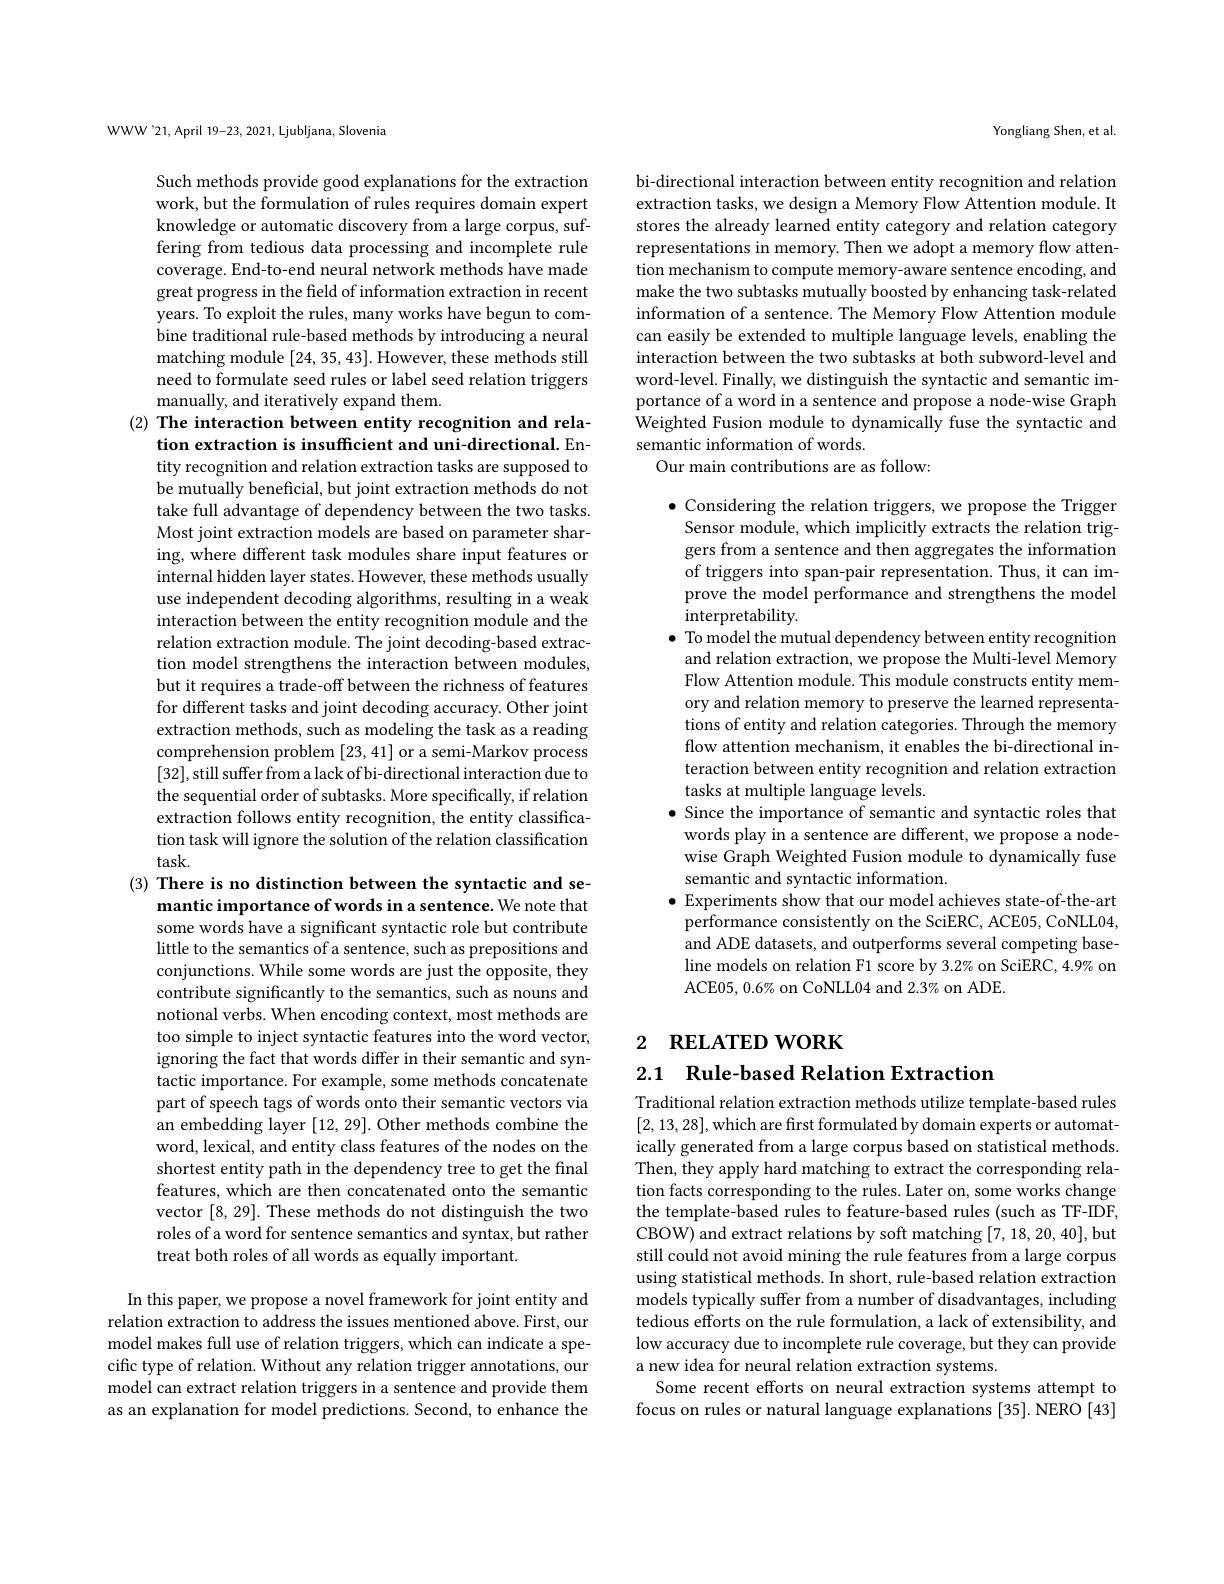
WWW'21,April 19-23, 2021, Ljubljana, Slovenia

Such methods provide good explanations for the extraction work, but the formulation of rules requires domain expert knowledge or automatic discovery from a large corpus, suffering from tedious data processing and incomplete rule coverage. End-to-end neural network methods have made great progress in the field of information extraction in recent years. To exploit the rules, many works have begun to combine traditional rule-based methods by introducing a neural matching module [24,35,43]. However, these methods still need to formulate seed rules or label seed relation triggers manually, and iteratively expand them.
(2) The interaction between entity recognition and rela-

tion extraction is insufficient and uni-directional. En-

tity recognition and relation extraction tasks are supposed to be mutually beneficial, but joint extraction methods do not take full advantage of dependency between the two tasks. Most joint extraction models are based on parameter sharing, where different task modules share input features or internal hidden layer states. However, these methods usually use independent decoding algorithms, resulting in a weak interaction between the entity recognition module and the relation extraction module. The joint decoding-based extraction model strengthens the interaction between modules, but it requires a trade-off between the richness of features for different tasks and joint decoding accuracy. Other joint extraction methods, such as modeling the task as a reading comprehension problem [23,41] or a semi-Markov process [32],still suffer from a lack of bi-directional interaction due to the sequential order of subtasks. More specifically, if relation extraction follows entity recognition, the entity classification task will ignore the solution of the relation classification $task.$
(3) There is no distinction between the syntactic and se-
mantic importance of words in a sentence. We note that some words have a significant syntactic role but contribute little to the semantics of a sentence, such as prepositions and conjunctions. While some words are just the opposite, they contribute significantly to the semantics, such as nouns and notional verbs. When encoding context, most methods are too simple to inject syntactic features into the word vector, ignoring the fact that words differ in their semantic and syntactic importance. For example, some methods concatenate part of speech tags of words onto their semantic vectors via an embedding layer [12,29]. Other methods combine the word, lexical, and entity class features of the nodes on the shortest entity path in the dependency tree to get the final features, which are then concatenated onto the semantic vector [8,29]. These methods do not distinguish the two roles of a word for sentence semantics and syntax, but rather treat both roles of all words as equally important.
In this paper, we propose a novel framework for joint entity and relation extraction to address the issues mentioned above. First, our

model makes full use of relation triggers, which can indicate a specific type of relation. Without any relation trigger annotations, our model can extract relation triggers in a sentence and provide them as an explanation for model predictions. Second, to enhance the

Yongliang Shen, et al.

bi-directional interaction between entity recognition and relation extraction tasks, we design a Memory Flow Attention module. It stores the already learned entity category and relation category representations in memory. Then we adopt a memory flow attention mechanism to compute memory-aware sentence encoding, and make the two subtasks mutually boosted by enhancing task-related information of a sentence. The Memory Flow Attention module can easily be extended to multiple language levels, enabling the interaction between the two subtasks at both subword-level and word-level. Finally, we distinguish the syntactic and semantic importance of a word in a sentence and propose a node-wise Graph Weighted Fusion module to dynamically fuse the syntactic and semantic information of words.
Our main contributions are as follow:

$\bullet$ Considering the relation triggers, we propose the Trigger Sensor module, which implicitly extracts the relation triggers from a sentence and then aggregates the information of triggers into span-pair representation. Thus, it can improve the model performance and strengthens the model interpretability.
$\bullet$ To model the mutual dependency between entity recognition and relation extraction, we propose the Multi-level Memory Flow Attention module. This module constructs entity memory and relation memory to preserve the learned representations of entity and relation categories. Through the memory flow attention mechanism, it enables the bi-directional interaction between entity recognition and relation extraction tasks at multiple language levels.
$\bullet$ Since the importance of semantic and syntactic roles that words play in a sentence are different, we propose a nodewise Graph Weighted Fusion module to dynamically fuse semantic and syntactic information.
$\bullet$ Experiments show that our model achieves state-of-the-art performance consistently on the SciERC, ACE05, CoNLL04, and ADE datasets, and outperforms several competing baseline models on relation F1 score by 3.2% on SciERC, 4.9% on ACE05, 0.6% on CoNLL04 and 2.3% on ADE.

## 2 RELATED WORK

2.1 Rule-based Relation Extraction

Traditional relation extraction methods utilize template-based rules [2,13,28],which are first formulated by domain experts or automatically generated from a large corpus based on statistical methods. Then, they apply hard matching to extract the corresponding relation facts corresponding to the rules. Later on, some works change the template-based rules to feature-based rules (such as TF-IDF, CBOW) and extract relations by soft matching [7,18,20,40], but still could not avoid mining the rule features from a large corpus using statistical methods. In short, rule-based relation extraction models typically suffer from a number of disadvantages, including tedious efforts on the rule formulation, a lack of extensibility, and low accuracy due to incomplete rule coverage, but they can provide a new idea for neural relation extraction systems.
Some recent efforts on neural extraction systems attempt to focus on rules or natural language explanations [35]. NERO [43]